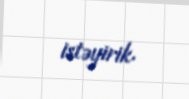
istəyirik.